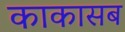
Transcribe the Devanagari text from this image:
काकासब